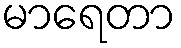
မာရေတာ